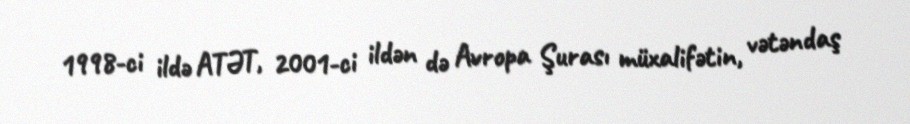
1998-ci ildə ATƏT, 2001-ci ildən də Avropa Şurası müxalifətin, vətəndaş